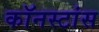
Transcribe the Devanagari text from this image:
कॉनस्टांस